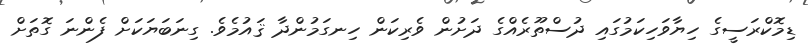
ޑިމޮކްރަސީގެ ހިޔާވަހިކަމުގައި ދުސްތޫރެއްގެ ދަށުން ވެރިކަން ހިނގަމުންދާ ޤައުމެވެ. ގިނަބަޔަކަށް ފެންނަ ގޮތަށް